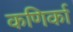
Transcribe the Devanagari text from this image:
कणिर्का